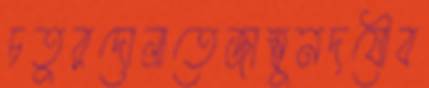
চতুরদোলাতেজাম্বুনদযৌব